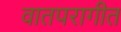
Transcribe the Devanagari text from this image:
वातपरागीत